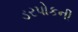
ડરપોકની